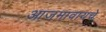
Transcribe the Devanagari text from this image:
आजमावायचे